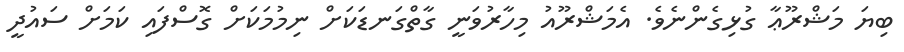
ބިޔަ މަޝްރޫޢާ ގުޅިގެންނެވެ. އެމަޝްރޫއު މިހާރުވަނީ ގާތްގަނޑަކަށް ނިމުމަކަށް ގޮސްފައި ކަމަށް ސައުދީ